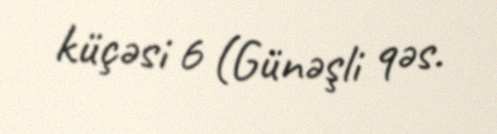
küçəsi 6 (Günəşli qəs.